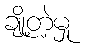
ချို့တဲ့မှု